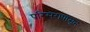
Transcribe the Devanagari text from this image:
परिसरापासून